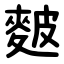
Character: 麬